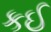
કઈ